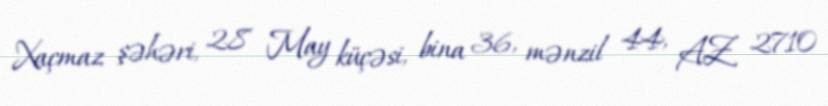
Xaçmaz şəhəri, 28 May küçəsi, bina 36, mənzil 44, AZ 2710